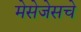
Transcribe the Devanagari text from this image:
मेसेजेसचे